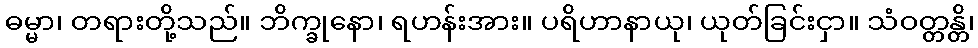
ဓမ္မာ၊ တရားတို့သည်။ ဘိက္ခုနော၊ ရဟန်းအား။ ပရိဟာနာယု၊ ယုတ်ခြင်းငှာ။ သံဝတ္တန္တိ၊